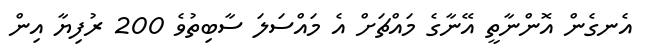
އެނގެން އޮންނާތީ އޭނާގެ މައްޗަށް އެ މައްސަލަ ސާބިތުވެ 200 ރުފިޔާ އިން